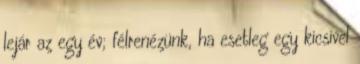
lejár az egy év; félrenézünk, ha esetleg egy kicsivel